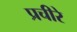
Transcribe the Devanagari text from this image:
प्रचीरे